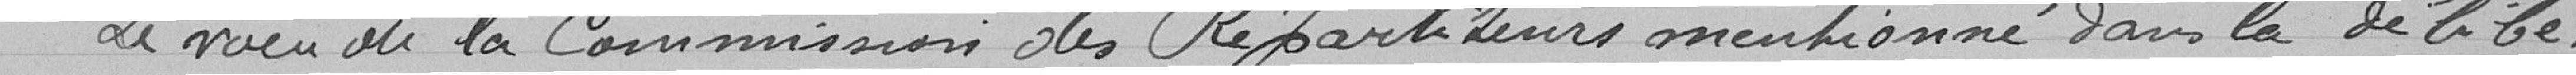
Le voeu de la Commission des Répartiteurs mentionnés dans la délibé-